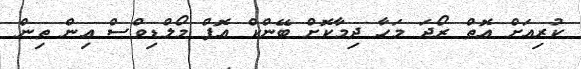
ކުރިއަށް އޮތް ރޯދަ މަހާ ދިމާކޮށް ބޭންކް އޮފް މޯލްޑިވްސް އިން ތިން